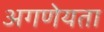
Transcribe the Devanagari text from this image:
अगणेयता